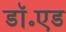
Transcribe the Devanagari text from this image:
डॉ॰एड